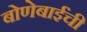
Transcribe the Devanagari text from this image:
बोणेबाईंची